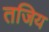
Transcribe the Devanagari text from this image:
तजिय